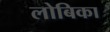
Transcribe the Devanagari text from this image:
लोबिका